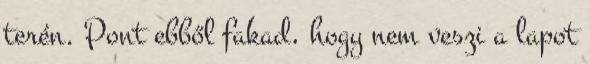
terén. Pont ebből fakad, hogy nem veszi a lapot